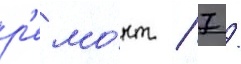
р'емо́нт / 7 /